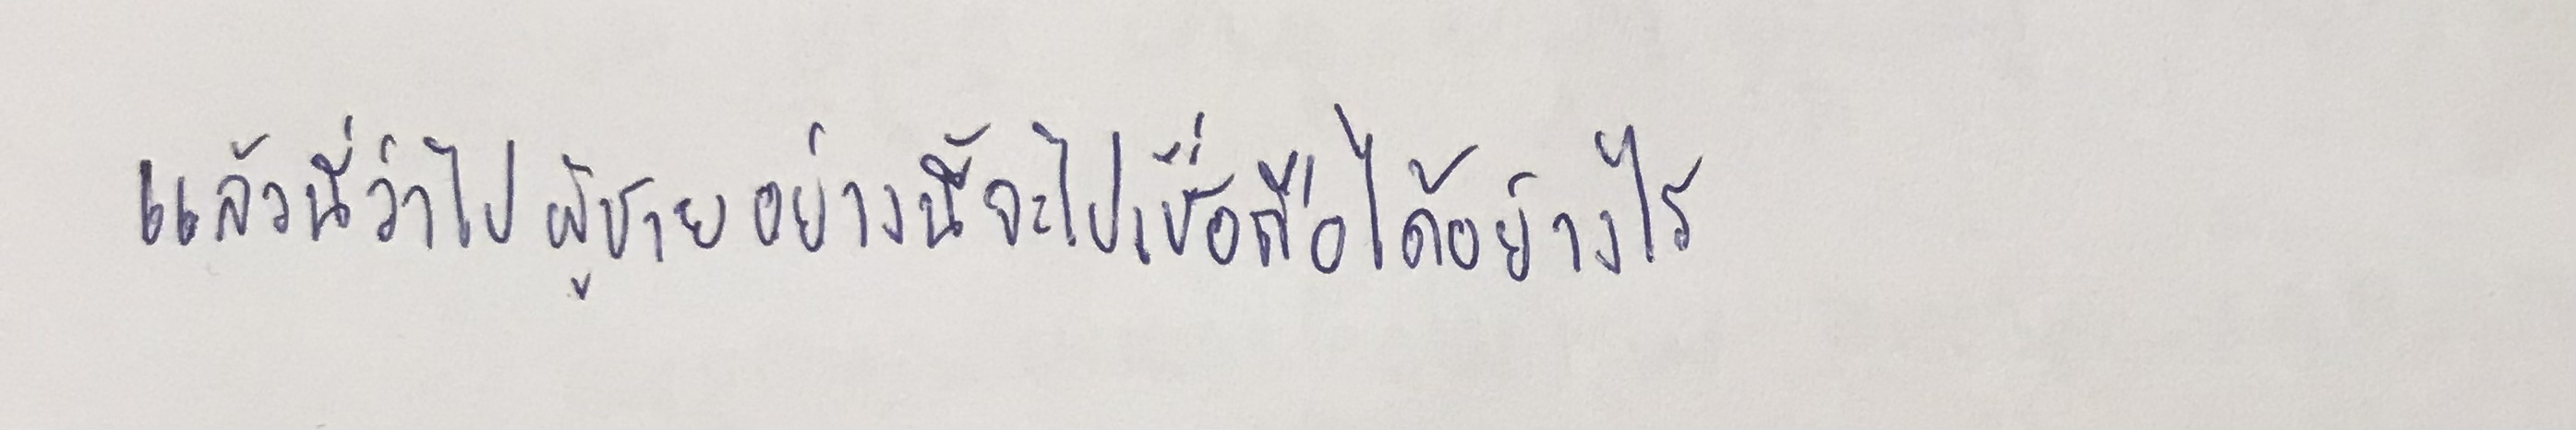
แล้วนี่ว่าไปผู้ชายอย่างนี้จะไปเชื่อถือได้อย่างไร